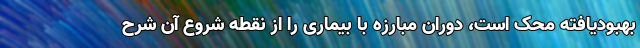
بهبودیافته محک است، دوران مبارزه با بیماری‌ را از نقطه شروع آن شرح